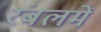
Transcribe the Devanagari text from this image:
रंबलमें